Medical and sanitary report of the native army of Madras for the year
Year: 1876
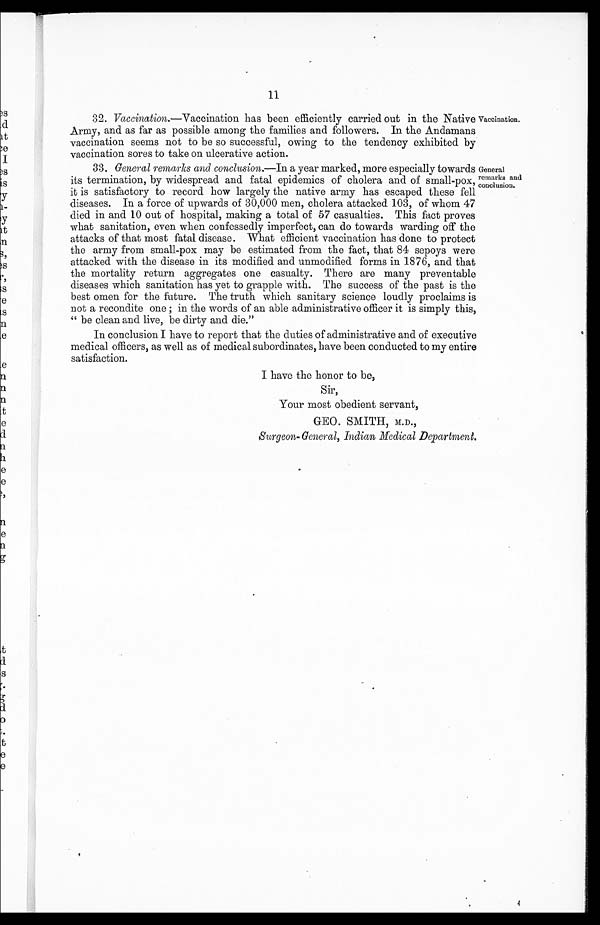
11
32.
Vaccination. —Vaccination has been efficiently carried out in the Native
Army, and as far as possible among the families and followers. In the Andamans
vaccination seems not to be so successful, owing to the tendency exhibited by
vaccination sores to take on ulcerative action.
33.
General remarks and conclusion.— In a year marked, more especially towards
its termination, by widespread and fatal epidemics of cholera and of small-pox,
it is satisfactory to record how largely the native army has escaped these fell
diseases. In a force of upwards of 30,000 men, cholera attacked. 103, of whom 47
died in and 10 out of hospital, making a total of 57 casualties. This fact proves
what sanitation, even when confessedly imperfect, can do towards warding off the
attacks of that most fatal disease. What efficient vaccination has done to protect
the army from small-pox may be estimated from the fact, that 84 sepoys were
attacked with the disease in its modified and unmodified forms in 1876, and that
the mortality return aggregates one casualty. There are many preventable
diseases which sanitation has yet to grapple with. The success of the past is the
best omen for the future. The truth which sanitary science loudly proclaims is
not a recondite one ; in the words of an able administrative officer it is simply this,
" be clean and live, be dirty and die."
Vaccination.
General
remarks and
conclusion.
In conclusion I have to report that the duties of administrative and of executive
medical officers, as well as of medical subordinates, have been conducted to my entire
satisfaction.
I have the honor to be,
Sir,
Your most obedient servant,
GEO. SMITH, M.D.,
Surgeon-General, Indian Medical Department.